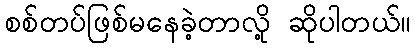
စစ်တပ်ဖြစ်မနေခဲ့တာလို့ ဆိုပါတယ်။